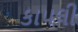
કાપલી